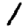
Digit: 1